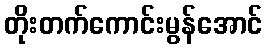
တိုးတက်ကောင်းမွန်အောင်